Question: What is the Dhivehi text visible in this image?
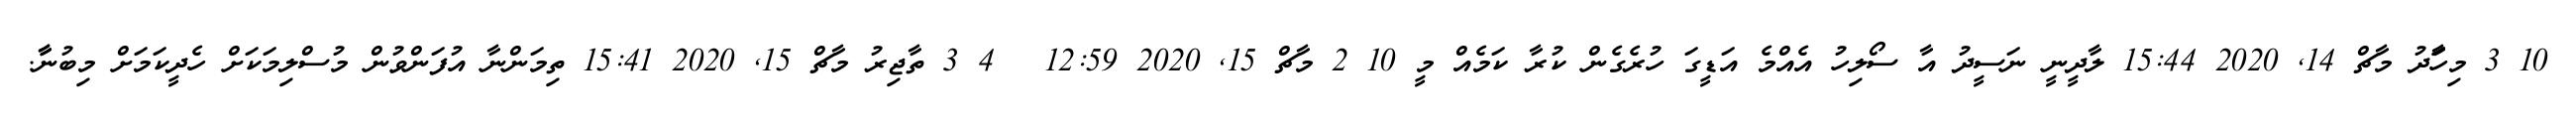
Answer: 10 3 މިހަަާދު މާޗް 14, 2020 15:44 ލާދީނީ ނަސީދު އާ ސޯލިހު އެއްމެ އަޑީގަ ހުރެގެން ކުރާ ކަމެއް މީ 10 2 މާޗް 15, 2020 12:59 ? 4 3 ތާޖިރު މާޗް 15, 2020 15:41 ތިމަންނާ އުފަންވުން މުސްލިމަކަށް ހެދީކަމަށް މިބުނާާ.